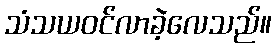
သံသယဝင်လာခဲ့လေသည်။